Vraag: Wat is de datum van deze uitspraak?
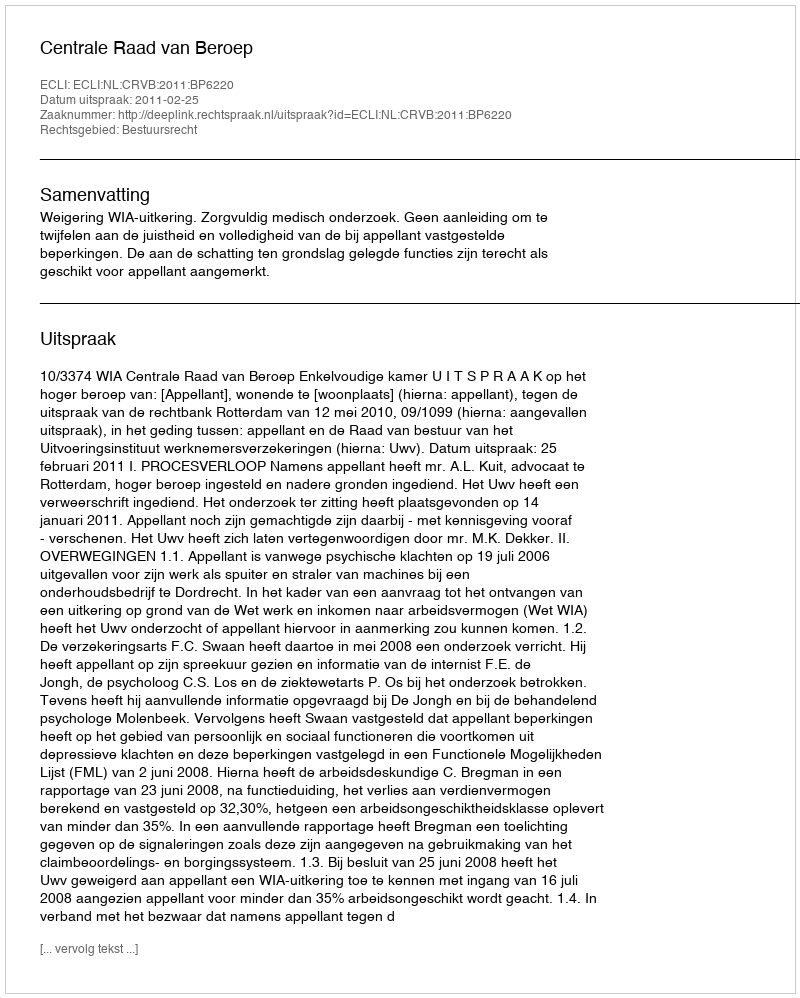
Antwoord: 2011-02-25